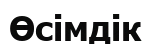
Өсімдік